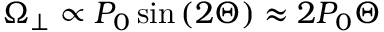
\Omega _ { \perp } \propto P _ { 0 } \sin { ( 2 \Theta ) } \approx 2 P _ { 0 } \Theta